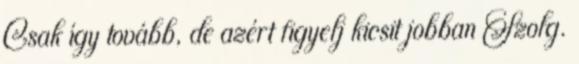
Csak így tovább, de azért figyelj kicsit jobban Szolg.